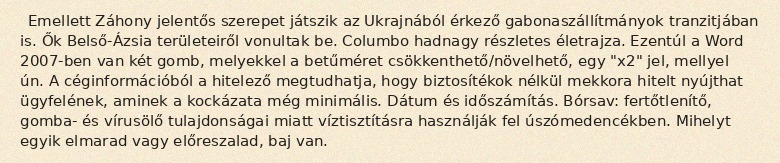
Emellett Záhony jelentős szerepet játszik az Ukrajnából érkező gabonaszállítmányok tranzitjában is. Ők Belső-Ázsia területeiről vonultak be. Columbo hadnagy részletes életrajza. Ezentúl a Word 2007-ben van két gomb, melyekkel a betűméret csökkenthető/növelhető, egy "x2" jel, mellyel ún. A céginformációból a hitelező megtudhatja, hogy biztosítékok nélkül mekkora hitelt nyújthat ügyfelének, aminek a kockázata még minimális. Dátum és időszámítás. Bórsav: fertőtlenítő, gomba- és vírusölő tulajdonságai miatt víztisztításra használják fel úszómedencékben. Mihelyt egyik elmarad vagy előreszalad, baj van.